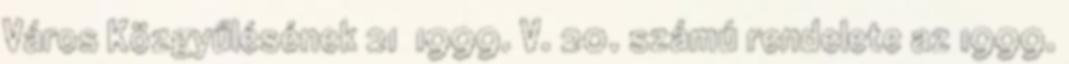
Város Közgyűlésének 21 1999. V. 20. számú rendelete az 1999.